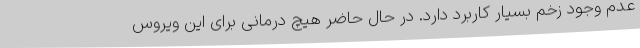
عدم وجود زخم بسیار کاربرد دارد. در حال حاضر هیچ درمانی برای این ویروس